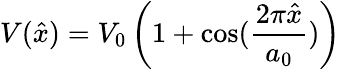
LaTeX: V(\hat{x})=V_{0}\left(1+\cos(\frac{2\pi\hat{x}}{a_{0}})\right)